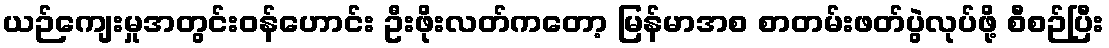
ယဉ်ကျေးမှုအတွင်းဝန်ဟောင်း ဦးဖိုးလတ်ကတော့ မြန်မာအစ စာတမ်းဖတ်ပွဲလုပ်ဖို့ စီစဉ်ပြီး